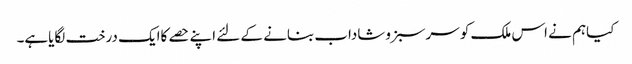
کیاہم نے اس ملک کو سرسبزوشاداب بنانے کے لئے اپنے حصے کاایک درخت لگایاہے۔